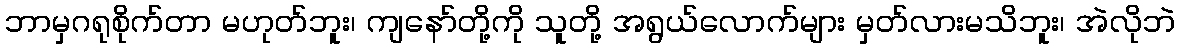
ဘာမှဂရုစိုက်တာ မဟုတ်ဘူး၊ ကျနော်တို့ကို သူတို့ အရွယ်လောက်များ မှတ်လားမသိဘူး၊ အဲလိုဘဲ